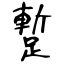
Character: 蹔